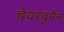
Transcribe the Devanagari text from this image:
चेयरवुमैन